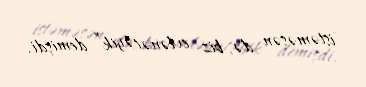
istəməsən də, biz evlənəcəyik” demişdi.